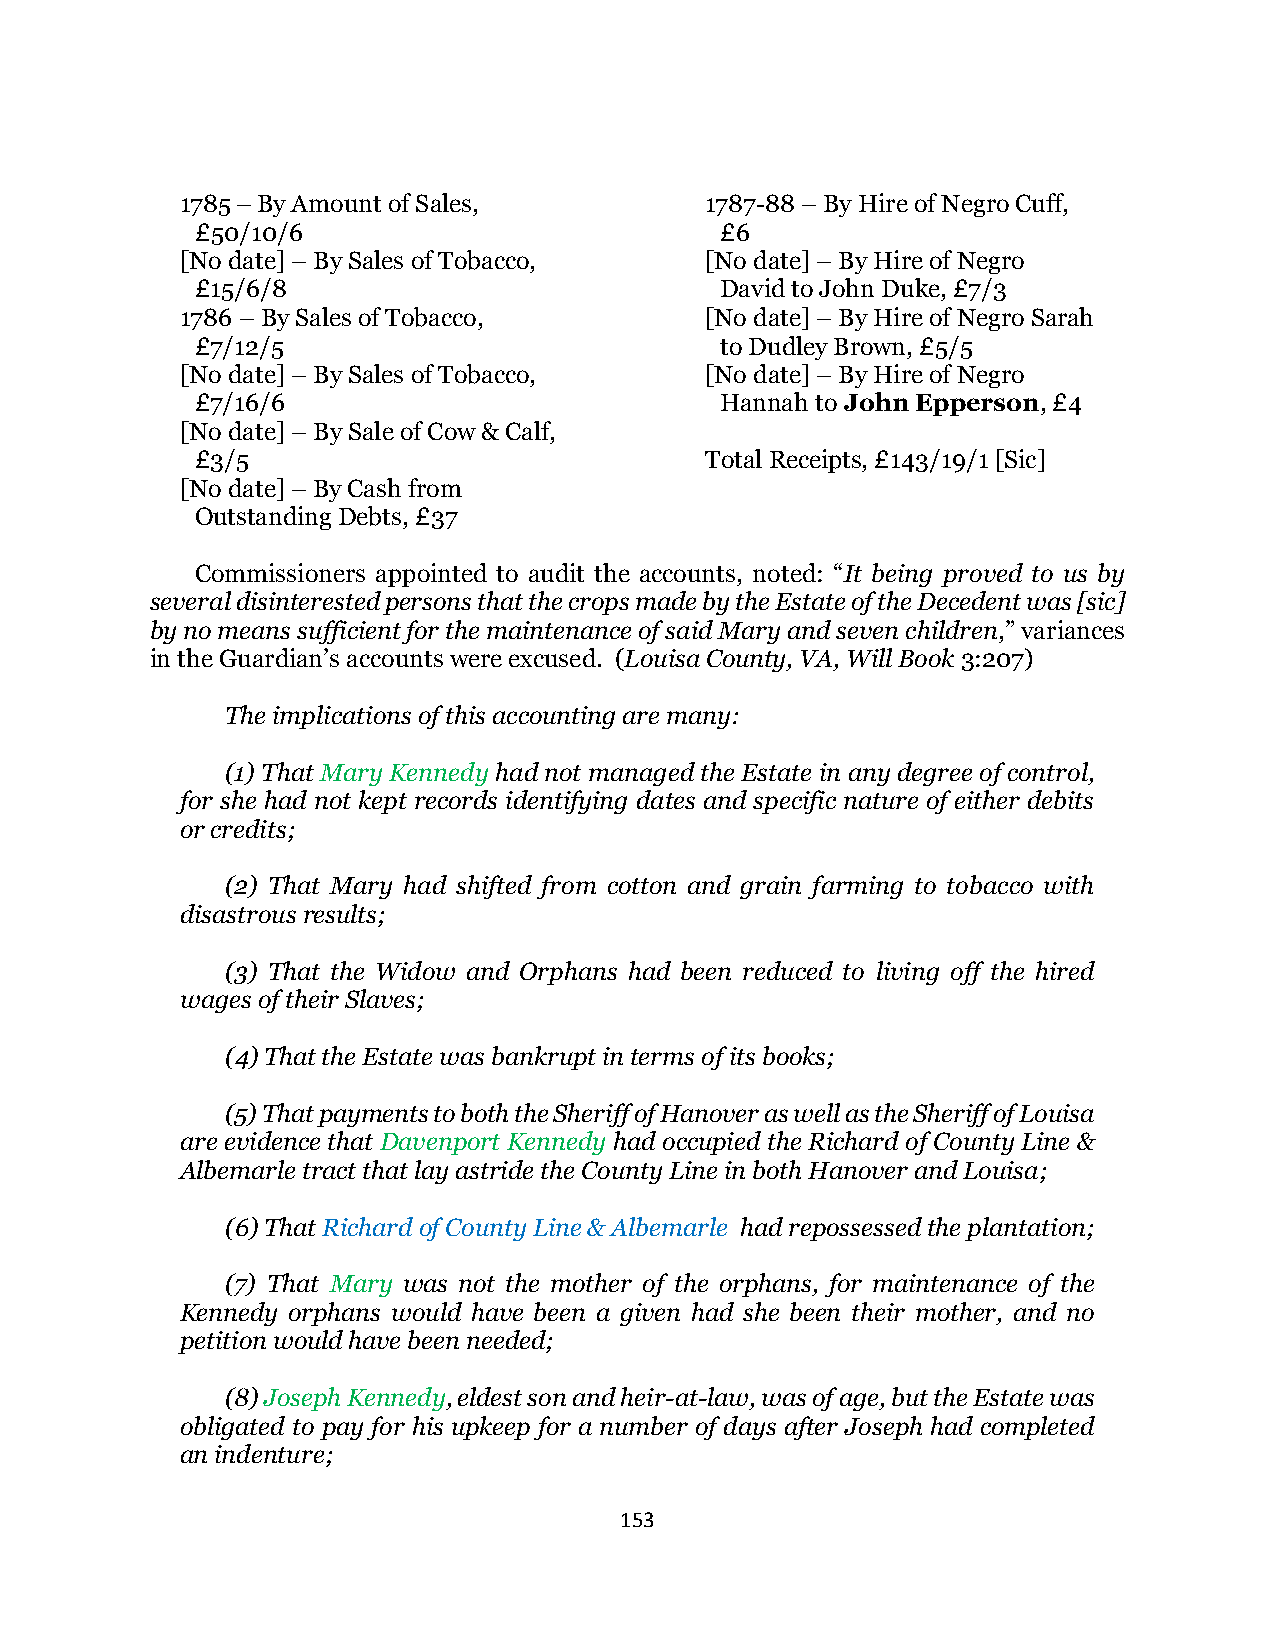
1785 – By Amount of Sales,         1787-88 – By Hire of Negro Cuff,
 £50/10/6                           £6
 [No date] – By Sales of Tobacco,   [No date] – By Hire of Negro
 £15/6/8                            David to John Duke, £7/3
 1786 – By Sales of Tobacco,        [No date] – By Hire of Negro Sarah
 £7/12/5                            to Dudley Brown, £5/5
 [No date] – By Sales of Tobacco,   [No date] – By Hire of Negro
 £7/16/6                            Hannah to John Epperson, £4
 [No date] – By Sale of Cow & Calf,
 £3/5                              Total Receipts, £143/19/1 [Sic]
 [No date] – By Cash from
 Outstanding Debts, £37
 Commissioners appointed to audit the accounts, noted: “It being proved to us by
 several disinterested persons that the crops made by the Estate of the Decedent was [sic]
 by no means sufficient for the maintenance of said Mary and seven children,” variances
 in the Guardian’s accounts were excused. (Louisa County, VA, Will Book 3:207)
 The implications of this accounting are many:
 (1) That Mary Kennedy had not managed the Estate in any degree of control,
 for she had not kept records identifying dates and specific nature of either debits
 or credits;
 (2) That Mary had shifted from cotton and grain farming to tobacco with
 disastrous results;
 (3) That the Widow and Orphans had been reduced to living off the hired
 wages of their Slaves;
 (4) That the Estate was bankrupt in terms of its books;
 (5) That payments to both the Sheriff of Hanover as well as the Sheriff of Louisa
 are evidence that Davenport Kennedy had occupied the Richard of County Line &
 Albemarle tract that lay astride the County Line in both Hanover and Louisa;
 (6) That Richard of County Line & Albemarle had repossessed the plantation;
 (7) That Mary was not the mother of the orphans, for maintenance of the
 Kennedy orphans would have been a given had she been their mother, and no
 petition would have been needed;
 (8) Joseph Kennedy, eldest son and heir-at-law, was of age, but the Estate was
 obligated to pay for his upkeep for a number of days after Joseph had completed
 an indenture;
 153